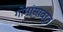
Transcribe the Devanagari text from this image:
गोमांसावरून